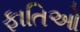
ફાતિઓ